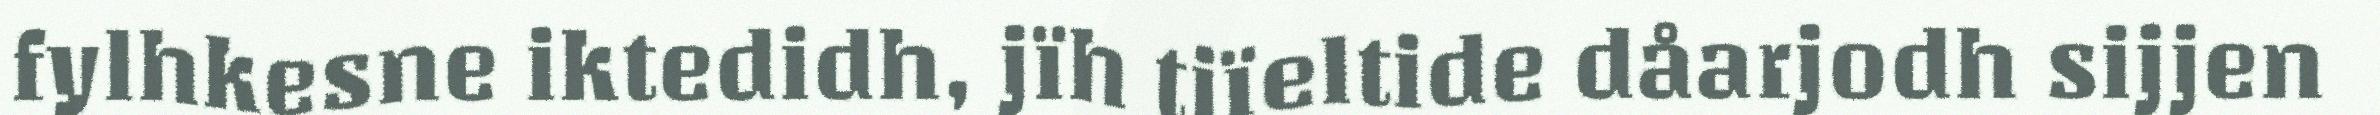
fylhkesne iktedidh, jïh tjïeltide dåarjodh sijjen